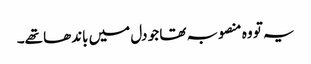
یہ تو وہ منصوبہ تھا جو دل میں باندھا تھے۔